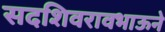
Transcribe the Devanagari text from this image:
सदशिवरावभाऊने